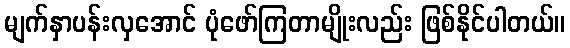
မျက်နှာပန်းလှအောင် ပုံဖော်ကြတာမျိုးလည်း ဖြစ်နိုင်ပါတယ်။